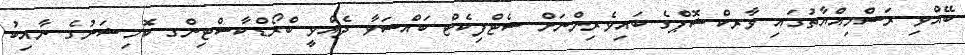
ބޭއްވި ރަސްމިއްޔާތުގައި ވާރކްޝޮޕްގެ ބައިވެރިންނަށް ސެޓްފިކެޓް ބައްސަވާ ދެއްވީ ބްރޯޑްކާސްޓިންގ ކޮމިޝަނުގެ ނާއިބު